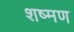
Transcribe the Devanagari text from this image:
शष्मण